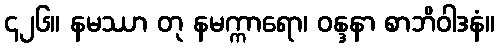
၄၂၆။ နမဿာ တု နမက္ကာရော၊ ဝန္ဒနာ စာဘိဝါဒနံ။